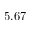
- 5 . 6 7